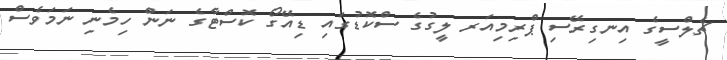
ޗެލްސީގެ އިނގިރޭސި ޕްރިމިއަރ ލީގުގެ ސްކޮޑުގައި ޑިއޭގޯ ކޮސްޓާގެ ނަން ހިމެނި ނަމަވެސް